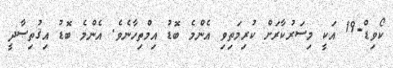
ކޯވިޑް-19 އަކީ މިސަރުކާރަށް ކުރިމަތިވި އެންމެ ބޮޑު އިމްތިހާނެވެ. އެންމެ ބޮޑު އިޤުތިޞާދީ